General report no. 6 on the lunatic asylums, vaccination and dispensaries in the Bengal Presidency, 1873 -
Year: 1873
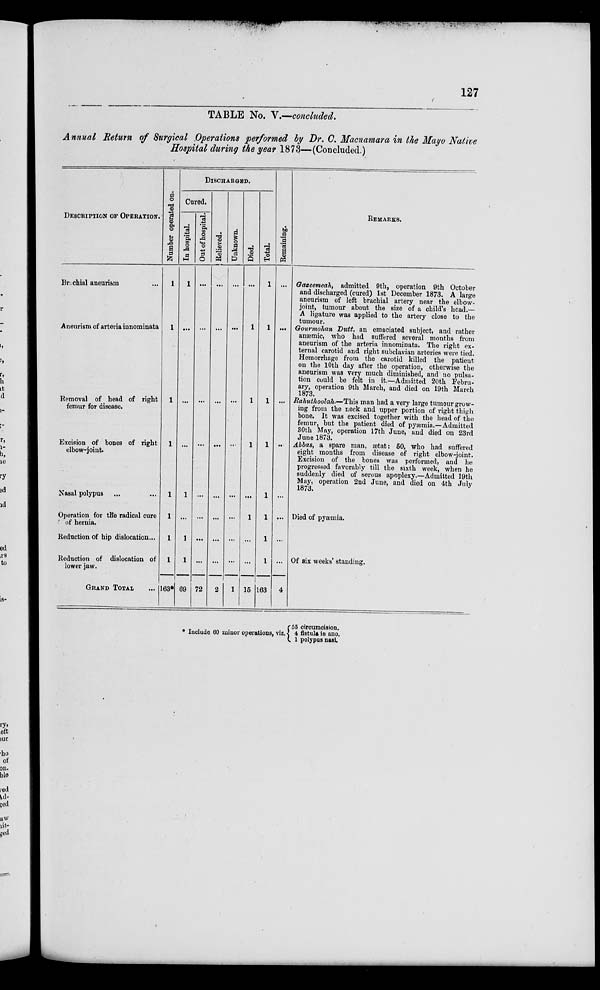
127
TABLE No. V.—concluded.
Annual Return of Surgical Operations performed by Dr. C. Macnamara in the Mayo Native
Hospital during the year 1873—(Concluded.)
DESCRIPTION OF OPERATION.
Brachial aneurism
Aneurism of arteria innominata
Removal of head of right
femur for disease.
Excision of bones of right
elbow-joint.
Nasal polypus
Operation for the radical cure
of hernia.
Reduction of hip dislocation...
Reduction of dislocation of
lower jaw.
GRAND TOTAL
Number operated on.
1
1
1
1
1
1
1
1
163*
DISCHARGED.
Cured.
In hospital.
1
...
...
...
1
...
1
1
69
Out of hospital.
...
...
...
...
...
...
...
...
72
Relieved.
...
...
...
...
...
...
...
...
2
Unknown.
...
...
...
...
...
...
...
...
1
Died.
...
1
1
1
...
1
...
...
15
Total.
1
1
1
1
1
1
1
1
163
Remaining.
...
...
...
...
...
...
...
...
4
REMARKS.
Gazeemeah, admitted 9th, operation 9th October
and discharged (cured) 1st December 1873. A large
aneurism of left brachial artery near the elbow-
joint, tumour about the size of a child's head.—
A ligature was applied to the artery close to the
tumour.
Gourmohan Dutt, an emaciated subject, and rather
anaemic, who had suffered several months from
aneurism of the arteria innominata. The right ex-
ternal carotid and right subclavian arteries were tied.
Hemorrhage from the carotid killed the patient
on the 10th day after the operation, otherwise the
aneurism was very much diminished, and no pulsa-
tion could be felt in it.—Admitted 20th Febru-
ary, operation 9th March, and died on 19th March
1873.
Rahuthoolah.—This man had a very large tumour grow-
ing from the neck and upper portion of right thigh
bone. It was excised together with the head of the
femur, but the patient died of pyæmia.—Admitted
30th May, operation 17th June, and died on 23rd
June 1873.
Abbas, a spare man, ætat: 60, who had suffered
eight months from disease of right elbow-joint.
Excision of the bones was performed, and he
progressed favorably till the sixth week, when he
suddenly died of serous apoplexy.—Admitted 19th
May, operation 2nd June, and died on 4th July
1873.
Died of pyaemia.
Of six weeks' standing.
* Include 60 minor operations, viz.
55
4
1
circumcision.
fistula in ano.
polypus nasi.